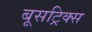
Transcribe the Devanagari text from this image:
बूसट्रिक्स